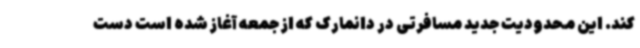
کند. این محدودیت جدید مسافرتی در دانمارک که از جمعه آغاز شده است دست